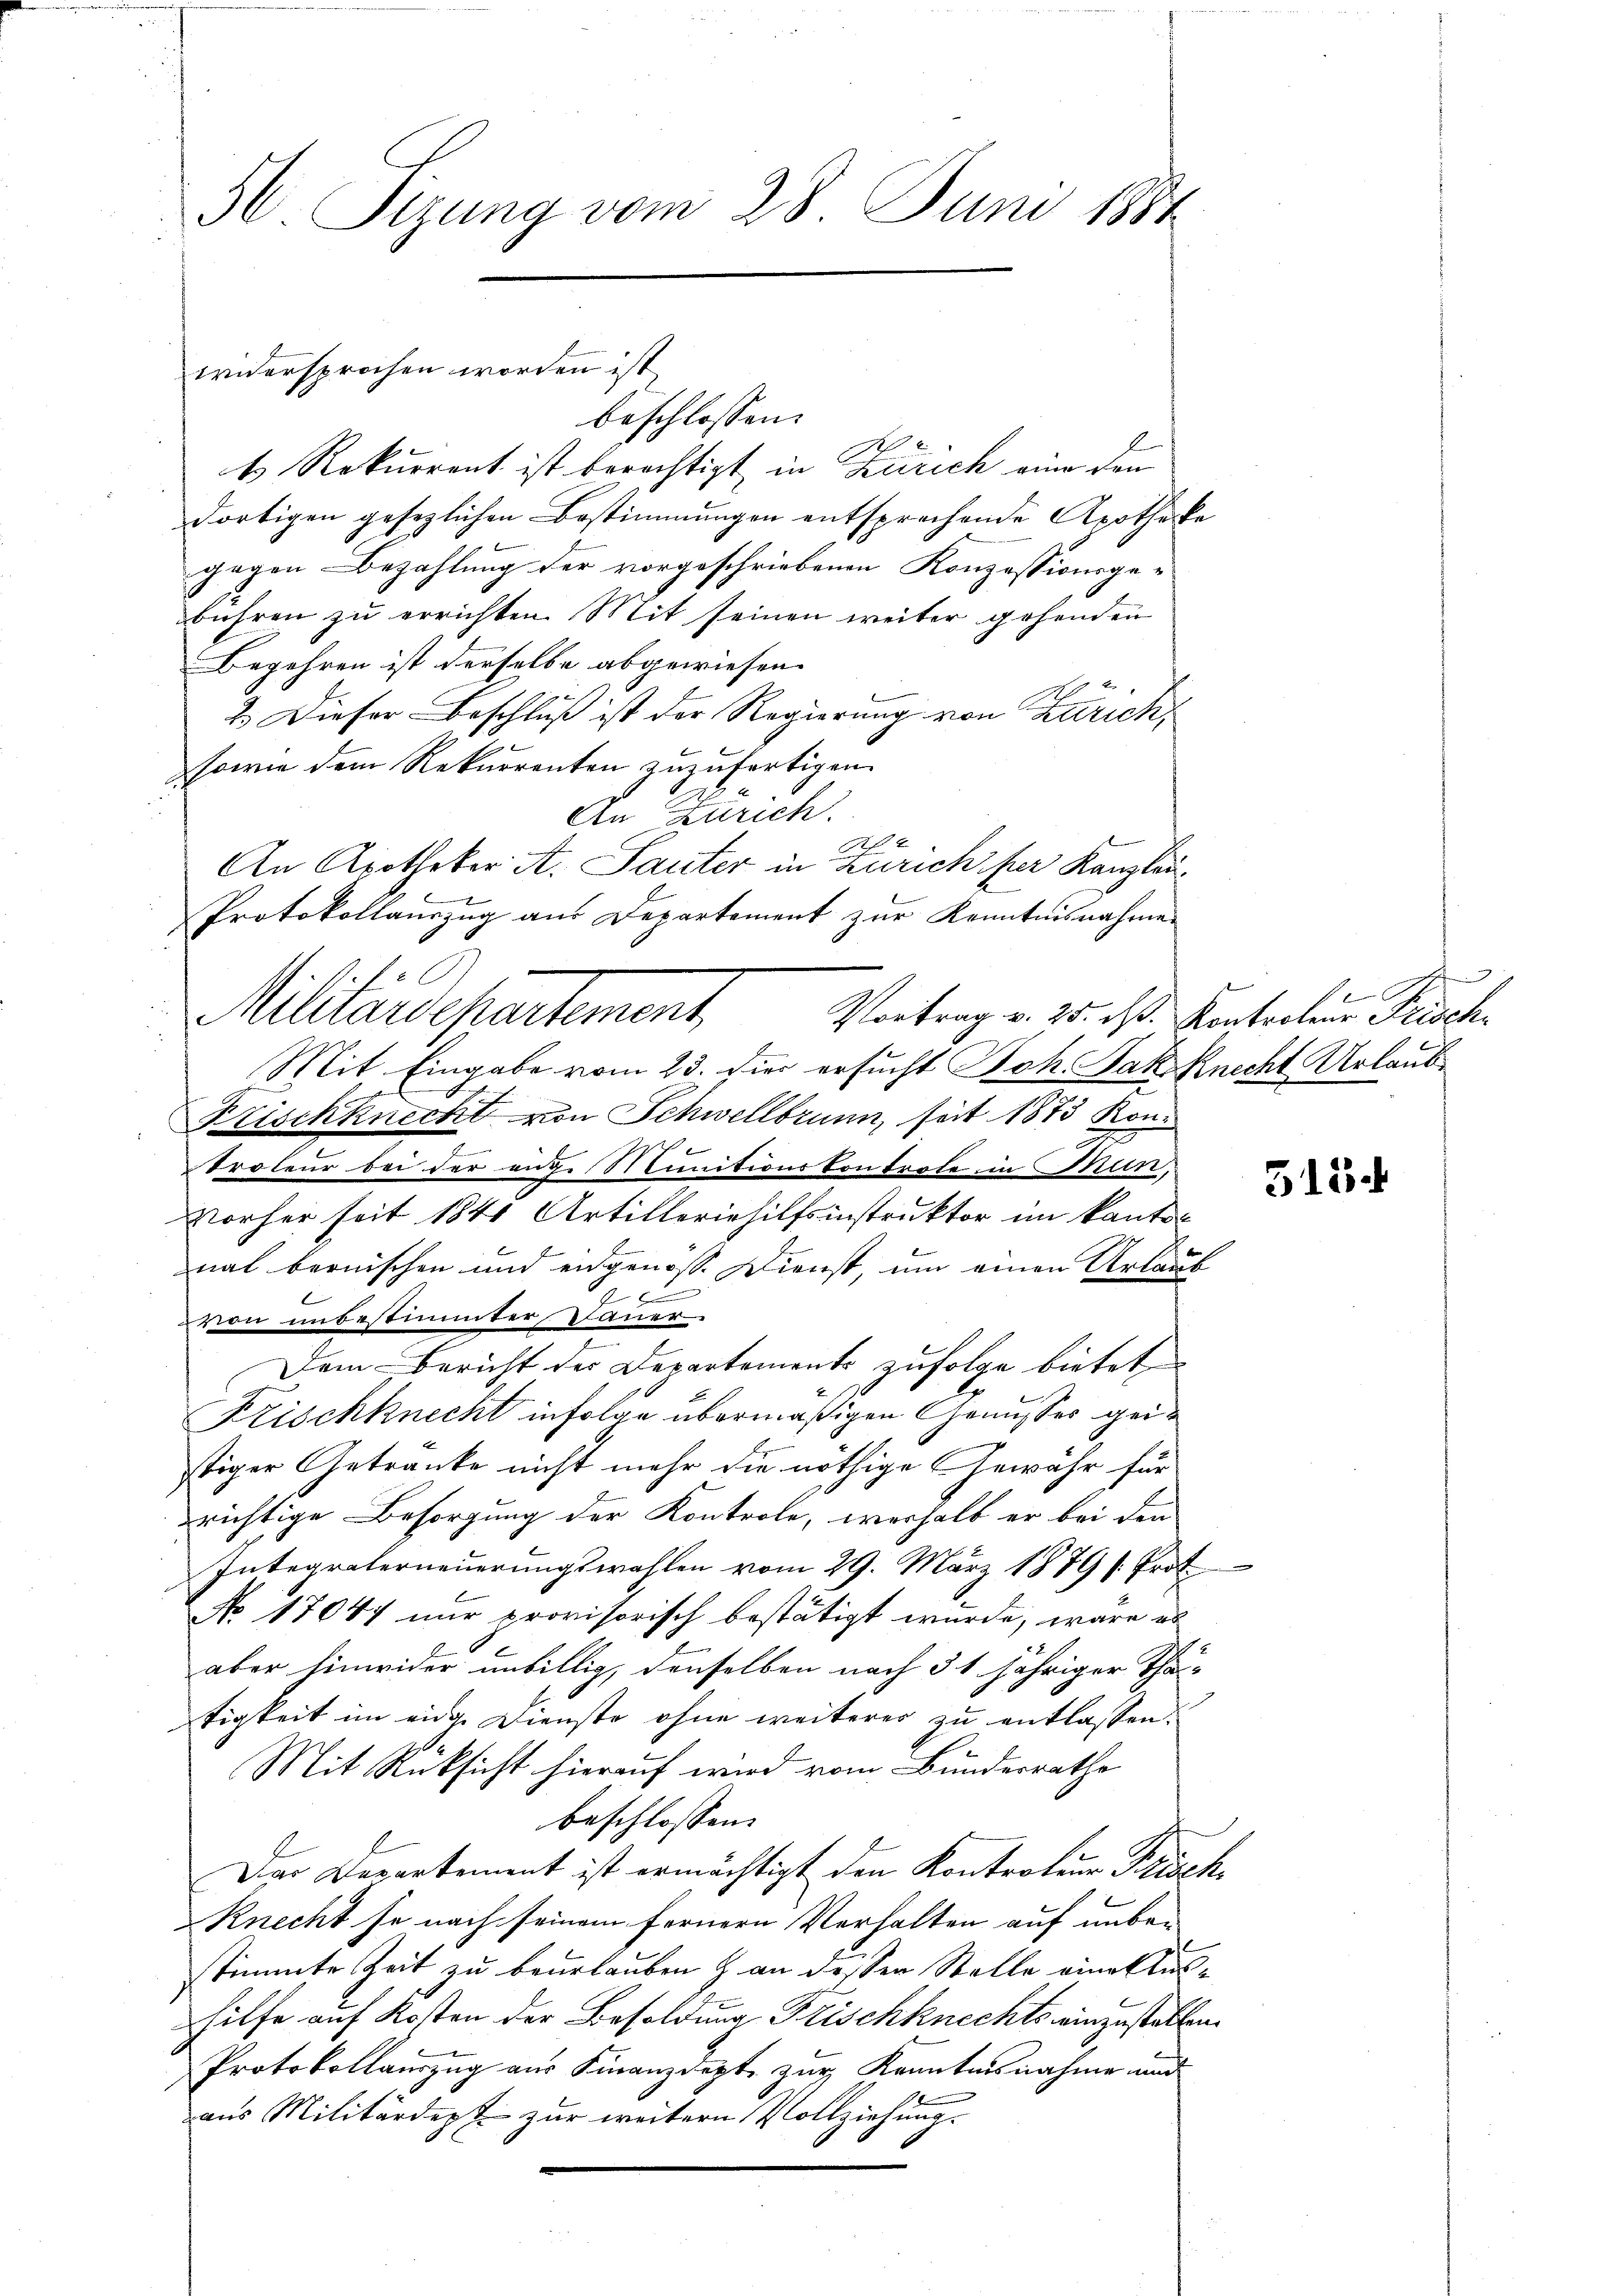
H Sizung vom 28. Juni 1884

widersprochen worden ist

beschlossen:
4 Rekurrent ist berechtigt in Zürich eine den
dortigen gesezlichen Bestimmungen entsprechende Apotheke
gegen Bezahlung der vorgeschriebenen Konzessionsge-
bühren zu errichten Mit seinen weiter gehenden
Begehren ist derselbe abgewiesen.
2.) Dieser Beschluß ist der Regierung von Zürich,
sowie dem Rekurrenten zuzufertigen.
An Zürich.
A
An Apotheker A. Sauter in Zürich per Kanzlei.
Protokollauszug aus Departement zur Kenntnisnahme
Militärdepartement,
Mit Eingabe vom 23. die ersucht Joh. Jak. Knecht Urlaub¬

Frischknecht von Schwellbrunn, seit 1873 Konroteur bei der ande Stunitionskontrole in Stein,
Vorher seit 1841 Artilleriehilfsinstruktor im kanton
nal bernischen und eidgenoss. Dienst, um einen Urlaub
f x
von unbestimmter Dauer
Dem Bericht der Departements zufolge bietet,
Frischknecht infolge übermäßigen Genusser geistiger Getranke nicht mehr die nöthige Gewähr für
zrichtige Besorgung der Kontrole, weshalb er bei den
Integraterneuerungswahlen vom 29. März 1879 (Prot
No 17047 nur provisorisch bestätigt wurde, wäre es
aber hinwider unbillig, denselben nach § 1 jähriger Thal-
tigkeit im einge Dienste ohne weiteres zu entlassen.
Mit Rücksicht hierauf wird vom Bundesrathe
beschlossen:
Das Departement ist ermächtigt den Kontratur Prische
Knecht se nach seinem fernern Verhalten auf unbestimmte Zeit zu beurlauben & an desser Stelle eine stilhilfe auf Kosten der Besoldung Frischknechts einzustellen.
Protokollauszug aus Finanzdepte zur Kenntnisnahme und
aus Militärdept zur weitern Vollziehung.

.
e
Vortrag v. 25. d. Kontroleur Frisch-

515